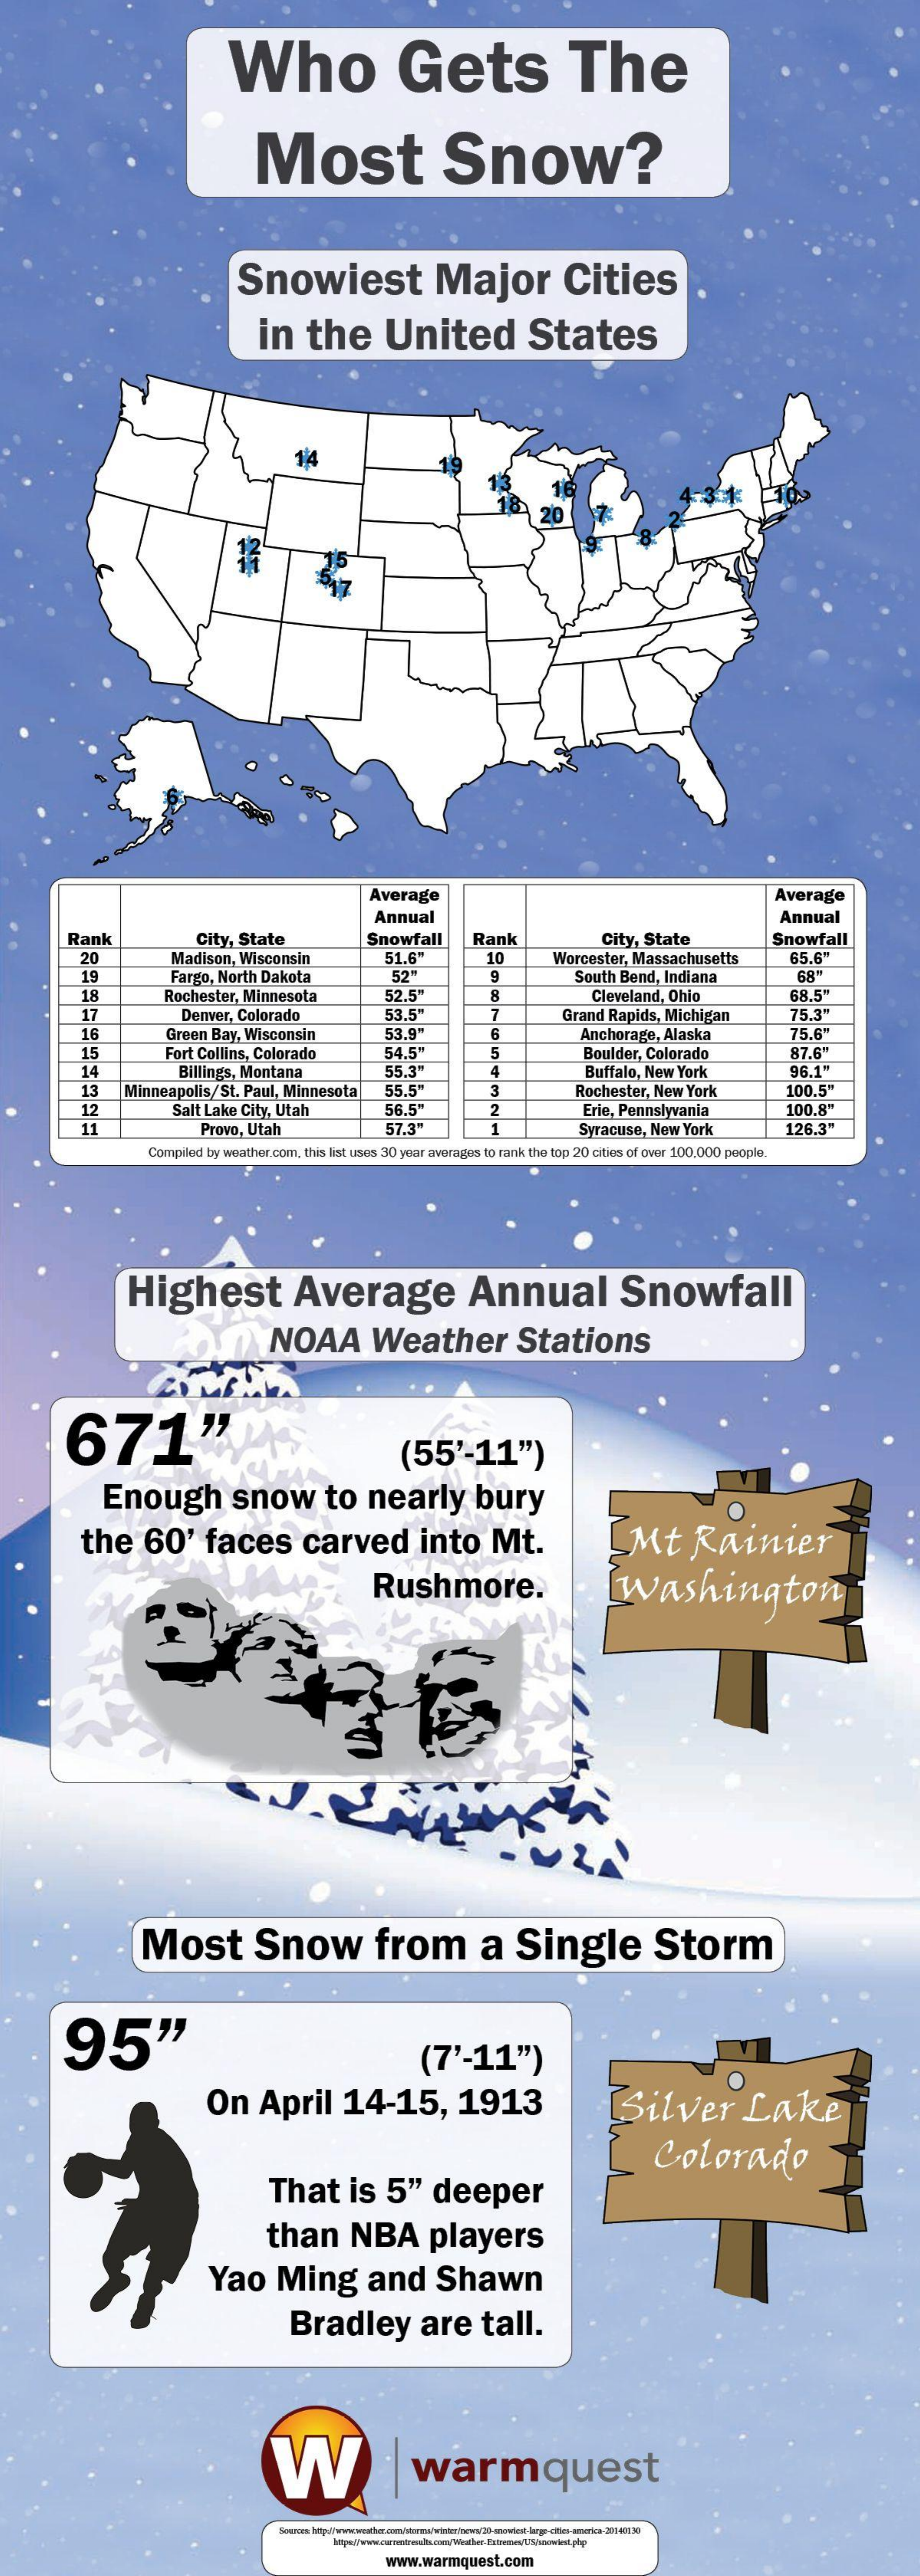
Who    Gets    The
     Most    Snow?
     Snowiest    Major    Cities
     in    the    United    States
     14
     Average    Average
     Annual    Annual
     Rank    City, State    Snowfall    Rank    City, State    Snowfall
     20    Madison, Wisconsin    51.6'    10    Worcester, Massachusetts    65.6"
     19    Fargo, North Dakota
     Rochester, Minnesota
     52"    South Bend, Indiana    68"
     18    52.5"    Cleveland, Ohio    68.5"
     17    Denver, Colorado    53.5"    7
     53.9
     75.3"
     16    Green Bay, Wisconsin
     Grand Rapids, Michigan
     Anchorage, Alaska
     54.5"
     75.6"
     15    Fort Collins, Colorado
     14    Billings, Montana    55.3
     Boulder, Colorado    87.6"
     4
     13    Minneapolis/St. Paul, Minnesota    55.5"
     Buffalo, New York
     3    Rochester, New York
     96.1'
     100.5"
     12    Salt Lake City, Utah    56.5"
     57.3"
     2    Erie, Pennsłyvania    100.8
     Provo, Utah    1    Syracuse, New  York    126.3"
     Compiled by weather.com, this list uses 30 year averages to rank the top 20 cities of over 100,000 people.
     Highest    Average    Annual    Snowfall
     NOAA    Weather    Stations
     671"    (55'-11")
     Enough    snow    to   nearly    bury
     the    60'    faces    carved    into    Mt.    Mt    Rainier
     Rushmore.    Washington
     Most    Snow    from    a   Single    Storm
     95"    (7'-11")
     On    April    14-15,    1913    Silver    Lake
     Colorado
     That    is   5"    deeper
     than    NBA    players
     Yao    Ming    and    Shawn
     Bradley    are    tall.
     W    warmquest
     www.warmquest.com